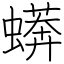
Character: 蠎